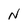
Character: N